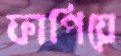
ফাপিয়ে